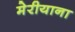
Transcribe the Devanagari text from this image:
मेरीयाना